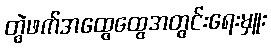
တွဲဖက်အထွေထွေအတွင်းရေးမှူး